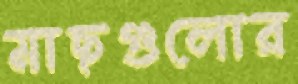
মাছগুলোর